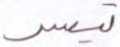
تيسر